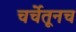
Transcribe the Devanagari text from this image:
चर्चेतूनच